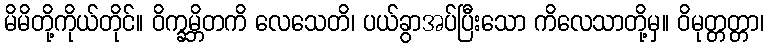
မိမိတို့ကိုယ်တိုင်။ ဝိက္ခမ္ဘိတကိ လေသေတိ၊ ပယ်ခွာအပ်ပြီးသော ကိလေသာတို့မှ။ ဝိမုတ္တတ္တာ၊